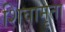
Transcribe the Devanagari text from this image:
शिवामृता